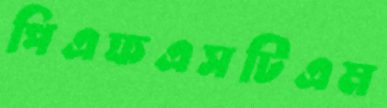
পিএফএসটিএম